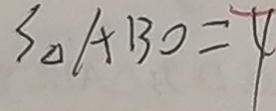
S _ { \Delta } A B O = 4